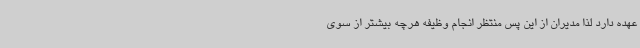
عهده دارد لذا مدیران از این پس منتظر انجام وظیفه هرچه بیشتر از سوی